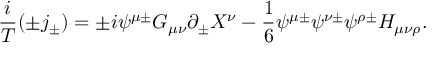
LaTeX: \frac { i } { T } ( \pm j _ { \pm } ) = \pm i \psi ^ { \mu \pm } G _ { \mu \nu } \partial _ { \pm } X ^ { \nu } - \frac { 1 } { 6 } \psi ^ { \mu \pm } \psi ^ { \nu \pm } \psi ^ { \rho \pm } H _ { \mu \nu \rho } .